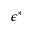
\epsilon ^ { \ast }